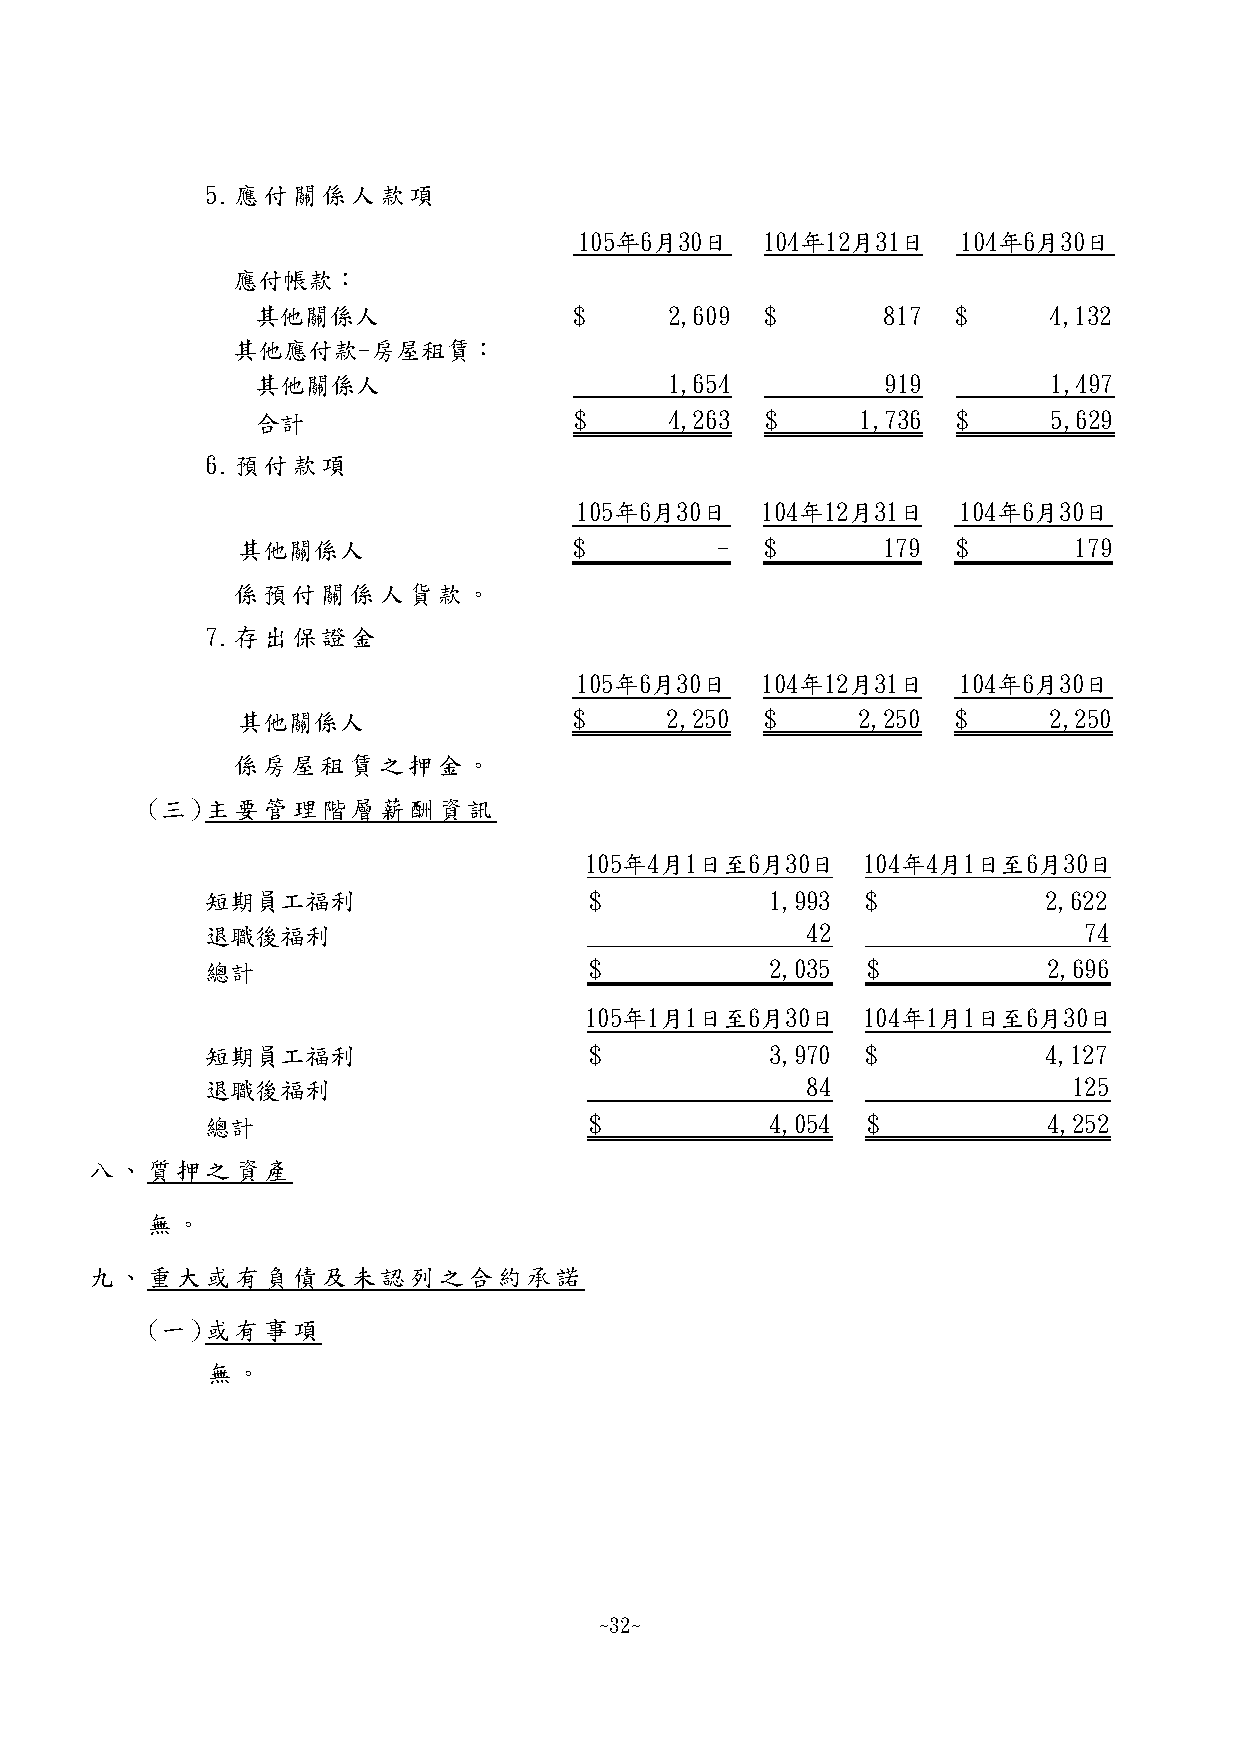
5.應付關係人款項
 105年6月30日   104年12月31日    104年6月30日
 應付帳款：
 其他關係人                $     2,609  $      817  $     4,132
 其他應付款-房屋租賃：
 其他關係人                      1,654          919        1,497
 合計                   $     4,263  $     1,736 $      5,629
 6.預付款項
 105年6月30日   104年12月31日   104年6月30日
 其他關係人                 $        -   $      179  $       179
 係預付關係人貨款。
 7.存出保證金
 105年6月30日   104年12月31日   104年6月30日
 其他關係人                 $     2,250  $     2,250 $     2,250
 係房屋租賃之押金。
 (三)主要管理階層薪酬資訊
 105年4月1日至6月30日    104年4月1日至6月30日
 短期員工福利                   $           1,993 $           2,622
 退職後福利                                  42                 74
 總計                       $           2,035 $           2,696
 105年1月1日至6月30日    104年1月1日至6月30日
 短期員工福利                   $           3,970 $           4,127
 退職後福利                                  84                125
 總計                       $           4,054 $           4,252
 八、質押之資產
 無。
 九、重大或有負債及未認列之合約承諾
 (一)或有事項
 無。
 ~32~